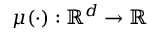
\mu ( \cdot ) : \mathbb { R } ^ { d } \rightarrow \mathbb { R }